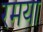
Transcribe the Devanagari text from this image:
रमया